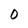
Character: 0